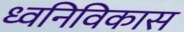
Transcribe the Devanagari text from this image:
ध्वनिविकास